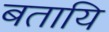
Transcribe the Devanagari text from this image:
बतायि